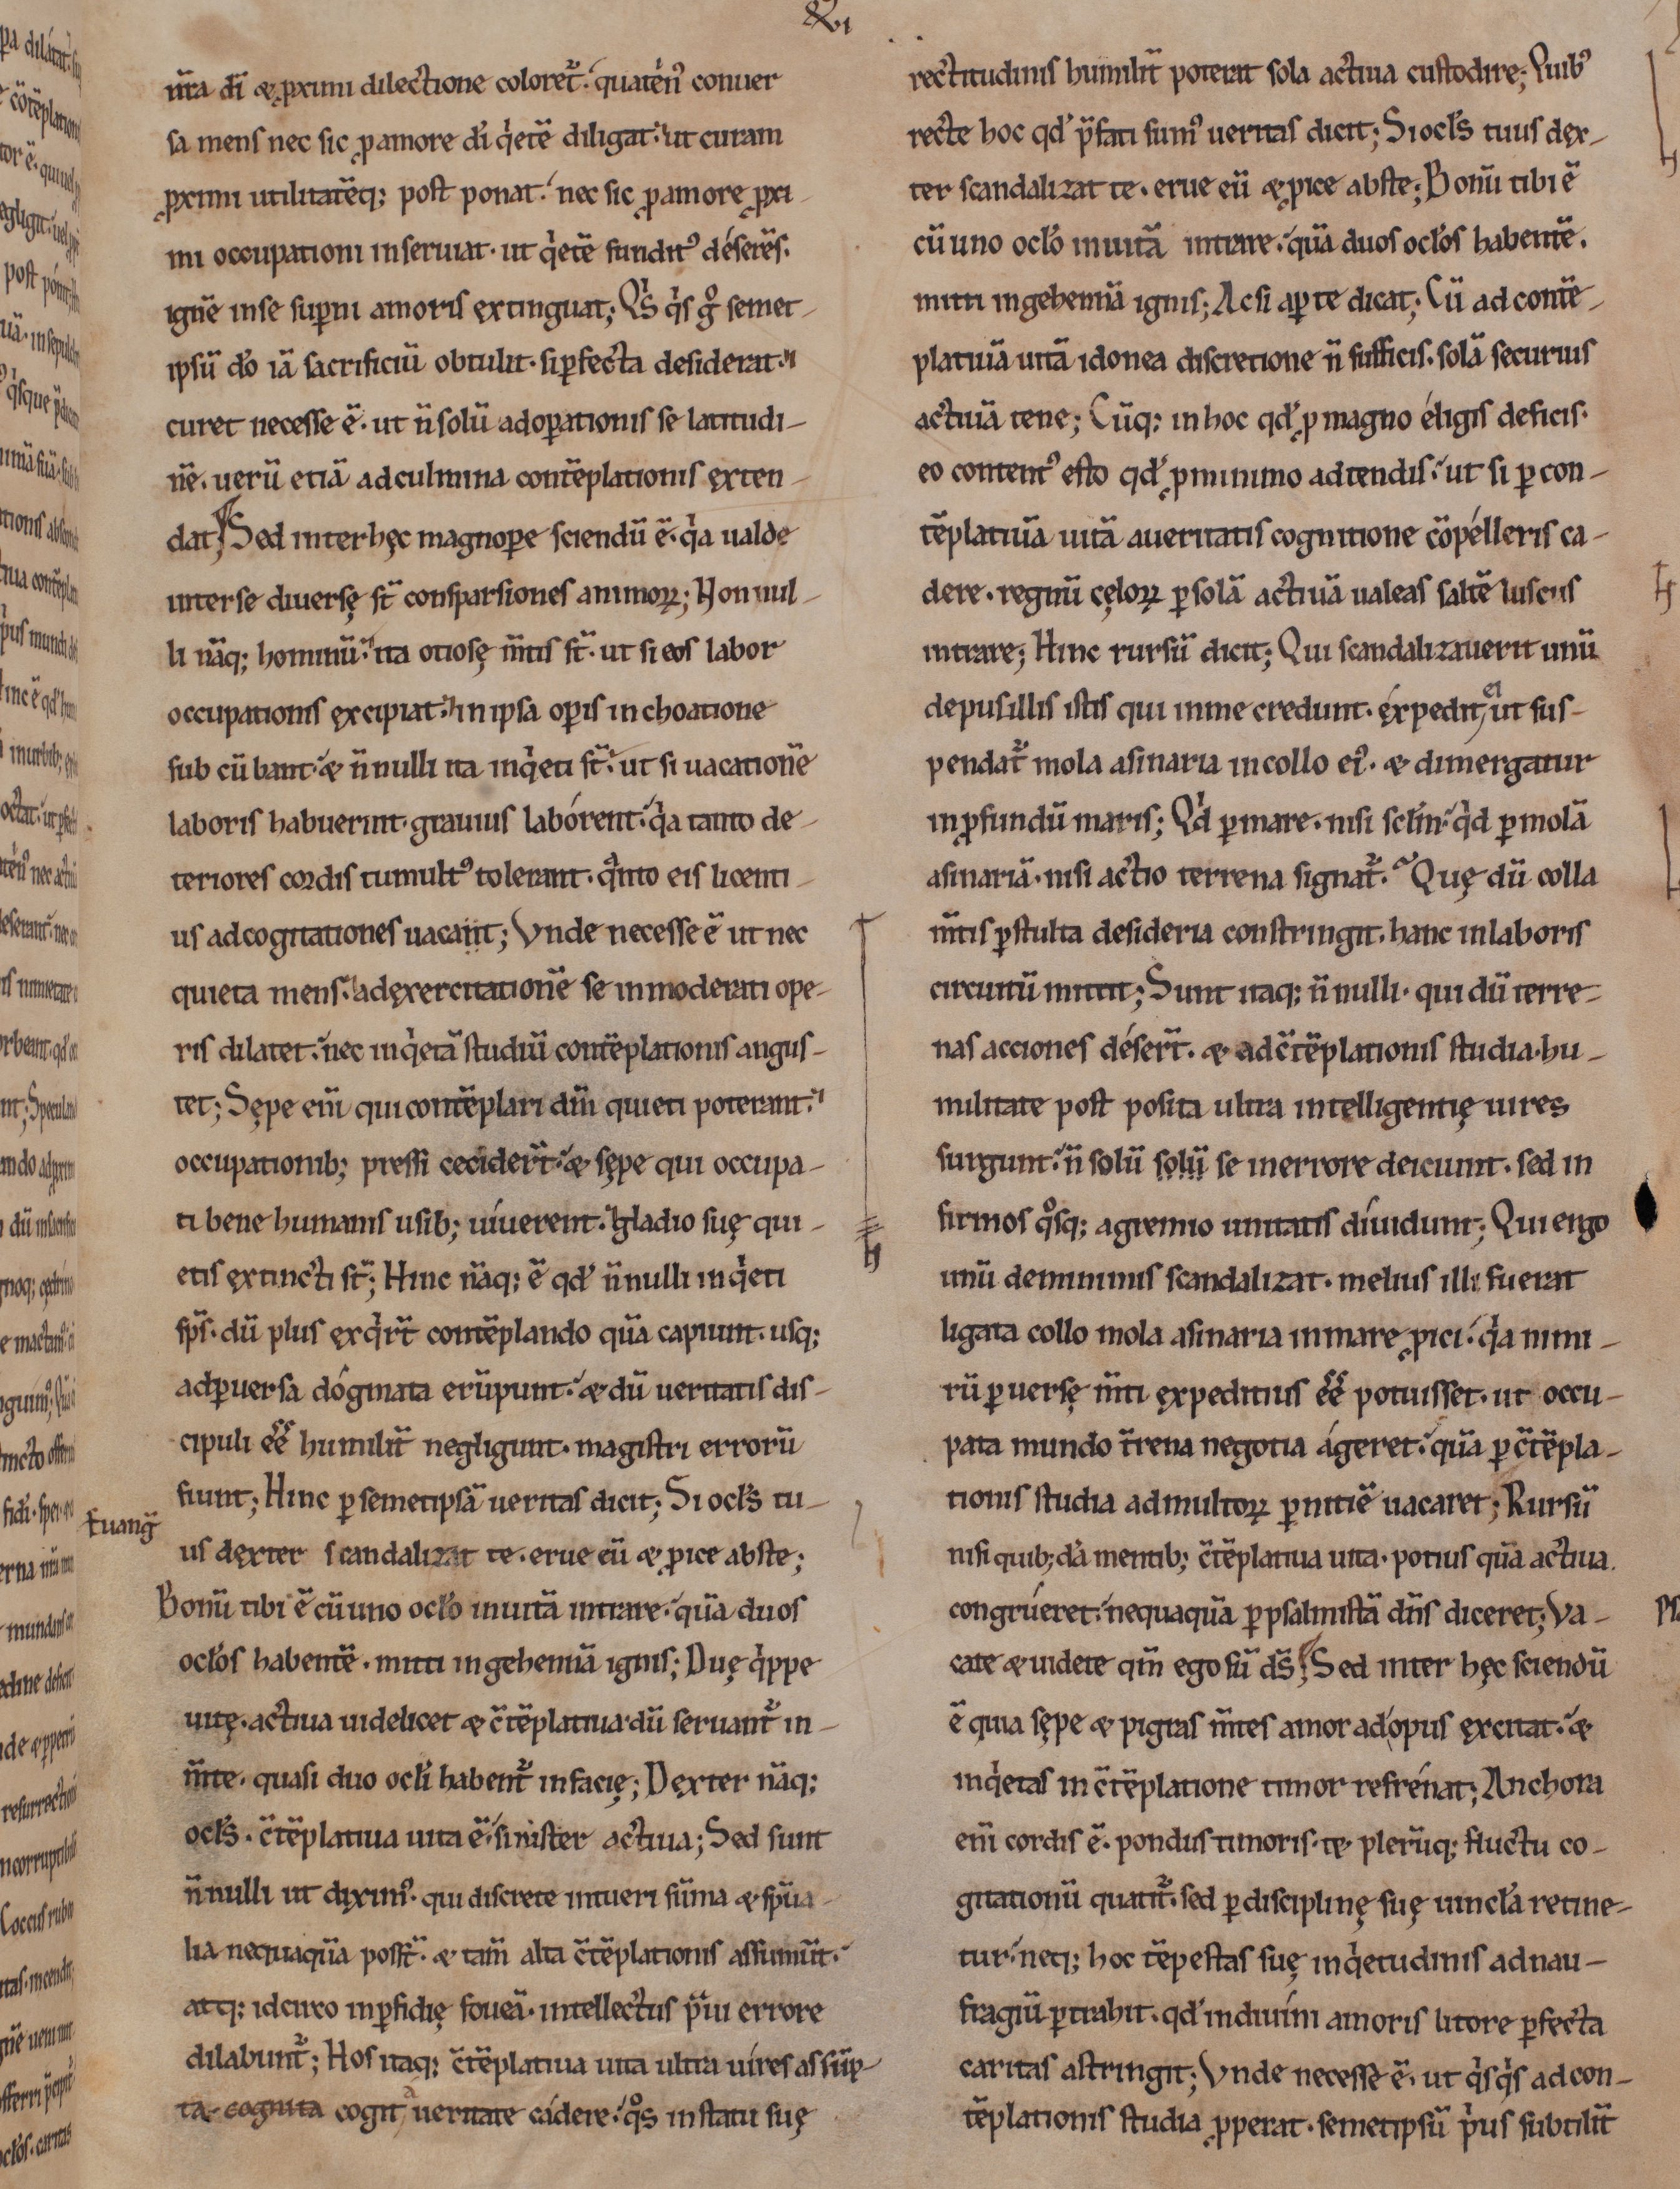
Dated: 1000–1199